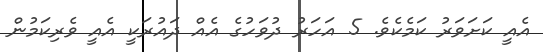
އެއީ ކަށަވަރު ކަމެކެވެ. 5 އަހަރު ދުވަހުގެ އެއް ދައުރަކީ އެއީ ވެރިކަމުން